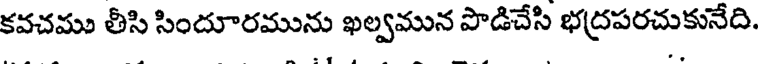
కవచము తీసి సిందూరమును ఖల్వమున పొడిచేసి భద్రపరచుకునేది.